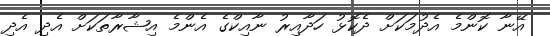
އޭނާ ކޮންމެ އެދުމަކަށް ދެކޮޅު ހަދާއިރު ނާއިކްގެ އެންމެ އިޝާރާތަކަށް އެދި އެދި